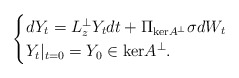
\begin{align*}\begin{cases}dY_t = L_{z}^\perp Y_t dt + \Pi_{\mathrm{ker}A^\perp}\sigma dW_t \\ Y_t|_{t=0} = Y_0 \in \mathrm{ker}A^\perp.\end{cases}\end{align*}